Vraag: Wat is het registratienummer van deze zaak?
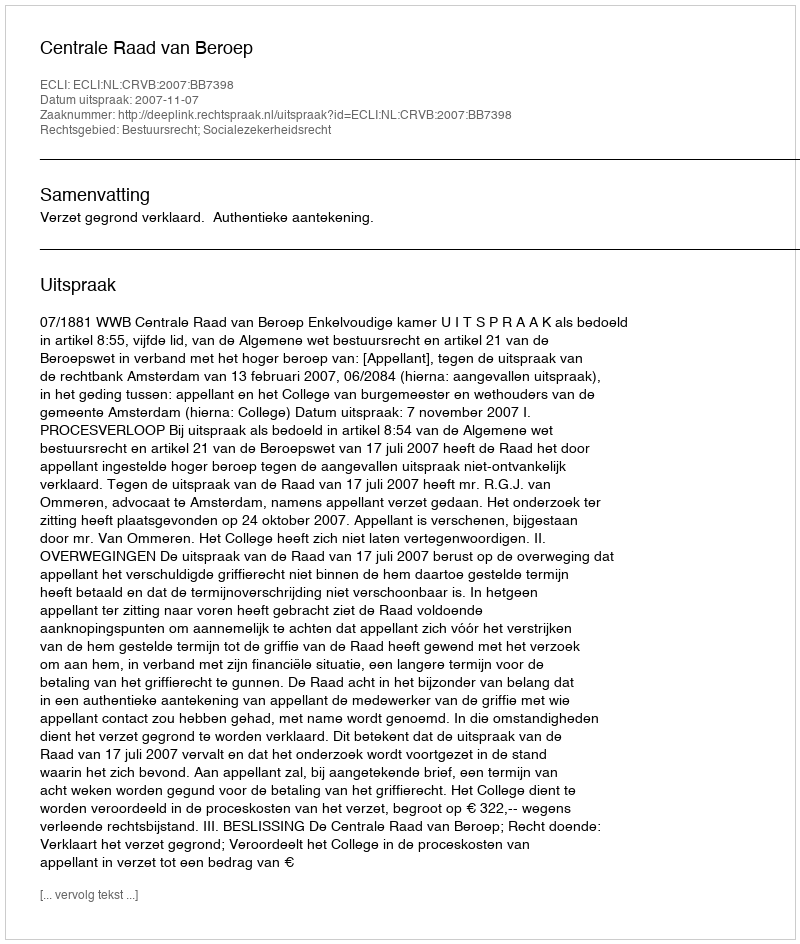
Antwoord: http://deeplink.rechtspraak.nl/uitspraak?id=ECLI:NL:CRVB:2007:BB7398